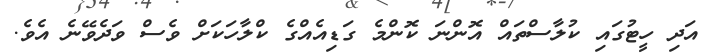
އަދި ހީޓުގައި ކުލާސްތައް އޮންނަ ކޮންމެ ގަޑިއެއްގެ ކްލާހަކަށް ވެސް ވަދެވޭނެ އެވެ.